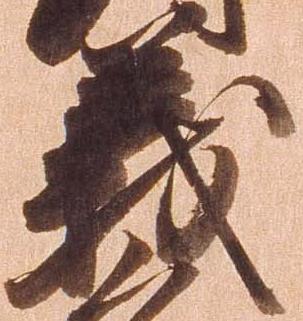
義